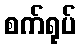
စက်ရုပ်